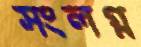
সংলগ্ন